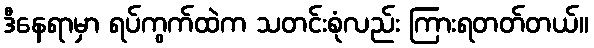
ဒီနေရာမှာ ရပ်ကွက်ထဲက သတင်းစုံလည်း ကြားရတတ်တယ်။